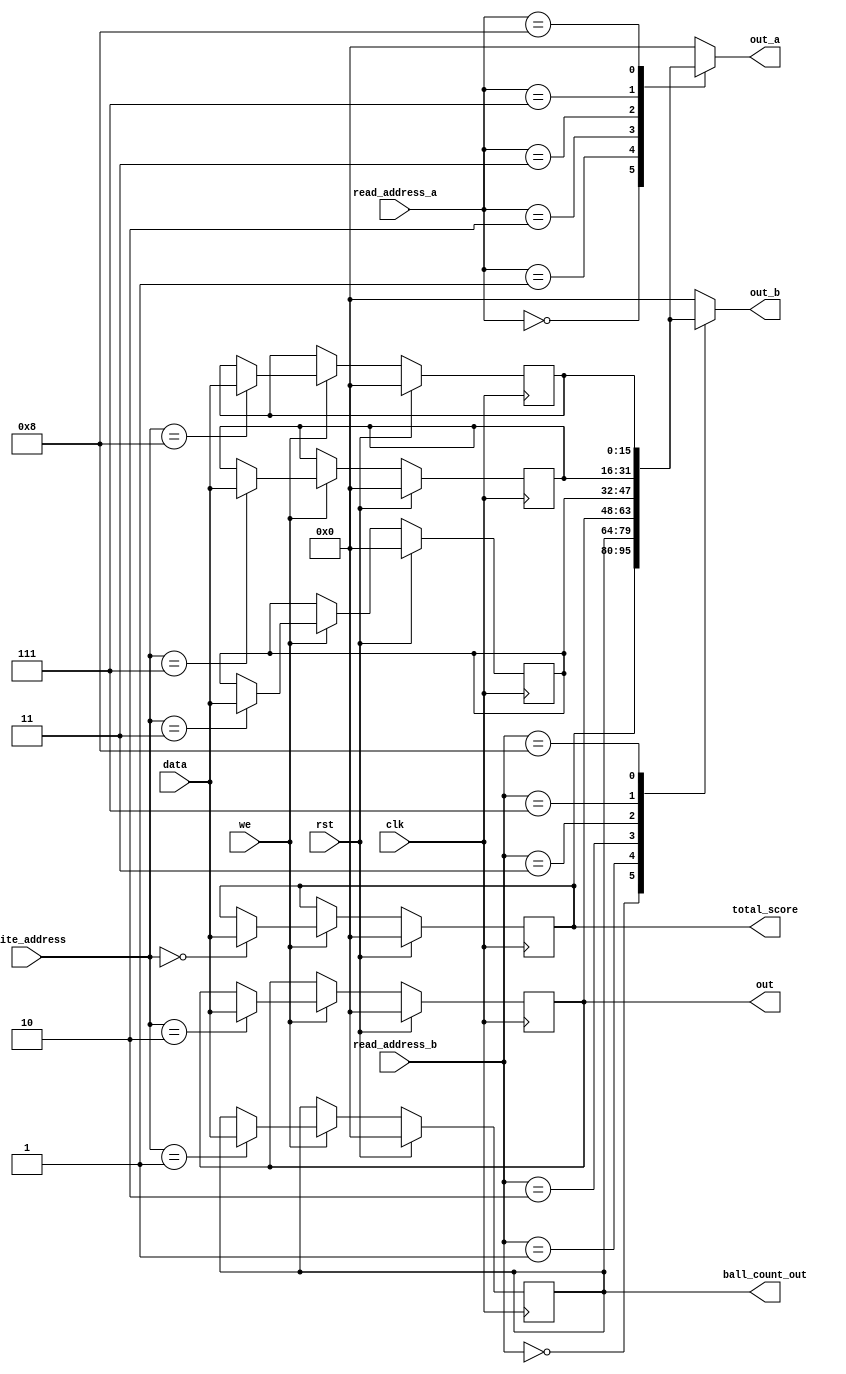
/*
   This file was generated automatically by Alchitry Labs version 1.2.7.
   Do not edit this file directly. Instead edit the original Lucid source.
   This is a temporary file and any changes made to it will be destroyed.
*/

module game_miniRegfiles_13 (
    input clk,
    input rst,
    input [3:0] write_address,
    input we,
    input [15:0] data,
    input [3:0] read_address_a,
    input [3:0] read_address_b,
    output reg [15:0] out_a,
    output reg [15:0] out_b,
    output reg [15:0] out,
    output reg [15:0] total_score,
    output reg [15:0] ball_count_out
  );
  
  
  
  reg [15:0] M_score_d, M_score_q = 1'h0;
  reg [15:0] M_ball_count_d, M_ball_count_q = 1'h0;
  reg [15:0] M_current_timer_d, M_current_timer_q = 1'h0;
  reg [15:0] M_temp_var1_d, M_temp_var1_q = 1'h0;
  reg [15:0] M_temp_var2_d, M_temp_var2_q = 1'h0;
  reg [15:0] M_temp_var3_d, M_temp_var3_q = 1'h0;
  
  always @* begin
    M_score_d = M_score_q;
    M_ball_count_d = M_ball_count_q;
    M_current_timer_d = M_current_timer_q;
    M_temp_var1_d = M_temp_var1_q;
    M_temp_var2_d = M_temp_var2_q;
    M_temp_var3_d = M_temp_var3_q;
    
    if (we) begin
      
      case (write_address)
        4'h0: begin
          M_score_d = data;
        end
        4'h1: begin
          M_ball_count_d = data;
        end
        4'h2: begin
          M_current_timer_d = data;
        end
        4'h3: begin
          M_temp_var1_d = data;
        end
        4'h7: begin
          M_temp_var2_d = data;
        end
        4'h8: begin
          M_temp_var3_d = data;
        end
      endcase
    end
    
    case (read_address_a)
      4'h0: begin
        out_a = M_score_q;
      end
      4'h1: begin
        out_a = M_ball_count_q;
      end
      4'h2: begin
        out_a = M_current_timer_q;
      end
      4'h3: begin
        out_a = M_temp_var1_q;
      end
      4'h7: begin
        out_a = M_temp_var2_q;
      end
      4'h8: begin
        out_a = M_temp_var3_q;
      end
      default: begin
        out_a = 1'h0;
      end
    endcase
    
    case (read_address_b)
      4'h0: begin
        out_b = M_score_q;
      end
      4'h1: begin
        out_b = M_ball_count_q;
      end
      4'h2: begin
        out_b = M_current_timer_q;
      end
      4'h3: begin
        out_b = M_temp_var1_q;
      end
      4'h7: begin
        out_b = M_temp_var2_q;
      end
      4'h8: begin
        out_b = M_temp_var3_q;
      end
      default: begin
        out_b = 1'h0;
      end
    endcase
    ball_count_out = M_ball_count_q;
    total_score = M_score_q;
    out = M_current_timer_q;
  end
  
  always @(posedge clk) begin
    if (rst == 1'b1) begin
      M_score_q <= 1'h0;
      M_ball_count_q <= 1'h0;
      M_current_timer_q <= 1'h0;
      M_temp_var1_q <= 1'h0;
      M_temp_var2_q <= 1'h0;
      M_temp_var3_q <= 1'h0;
    end else begin
      M_score_q <= M_score_d;
      M_ball_count_q <= M_ball_count_d;
      M_current_timer_q <= M_current_timer_d;
      M_temp_var1_q <= M_temp_var1_d;
      M_temp_var2_q <= M_temp_var2_d;
      M_temp_var3_q <= M_temp_var3_d;
    end
  end
  
endmodule